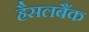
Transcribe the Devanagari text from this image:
हैसलबैंक